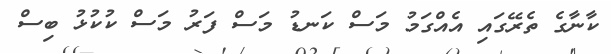
ކާނާގެ ތެރޭގައި އެއްގަމު މަސް ކަނޑު މަސް ފަރު މަސް ކުކުޅު ބިސް